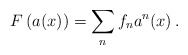
\begin{align*}F\left(a(x)\right) =\sum_{n}^{} f_n a^n(x) \, .\end{align*}